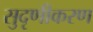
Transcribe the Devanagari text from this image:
सुदृणीकरण